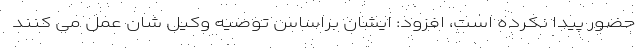
حضور پیدا نکرده است، افزود: ایشان براساس توصیه وکیل شان عمل می کنند